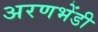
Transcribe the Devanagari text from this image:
अरणभेंडी